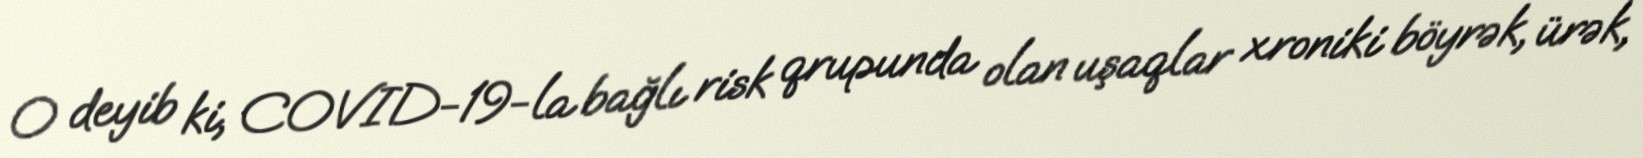
O deyib ki, COVID-19-la bağlı risk qrupunda olan uşaqlar xroniki böyrək, ürək,